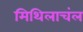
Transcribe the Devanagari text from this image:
मिथिलाचंल